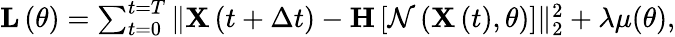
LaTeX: \begin{array}{r}{\mathbf{L}\left(\theta\right)=\sum_{t=0}^{t=T}\| \mathbf{X}\left(t+\Delta t\right)-\mathbf{H}\left[\mathcal{N}\left(\mathbf{X}\left(t\right),\theta\right)\right]\| _{2}^{2}+\lambda\mu(\theta),}\end{array}